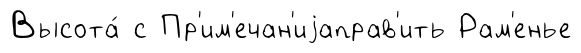
Высота́ с Пр'им'ечан'иjаправ'ить Рам'енье